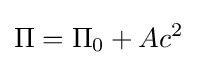
\Pi =\Pi _{0}+Ac^{2}